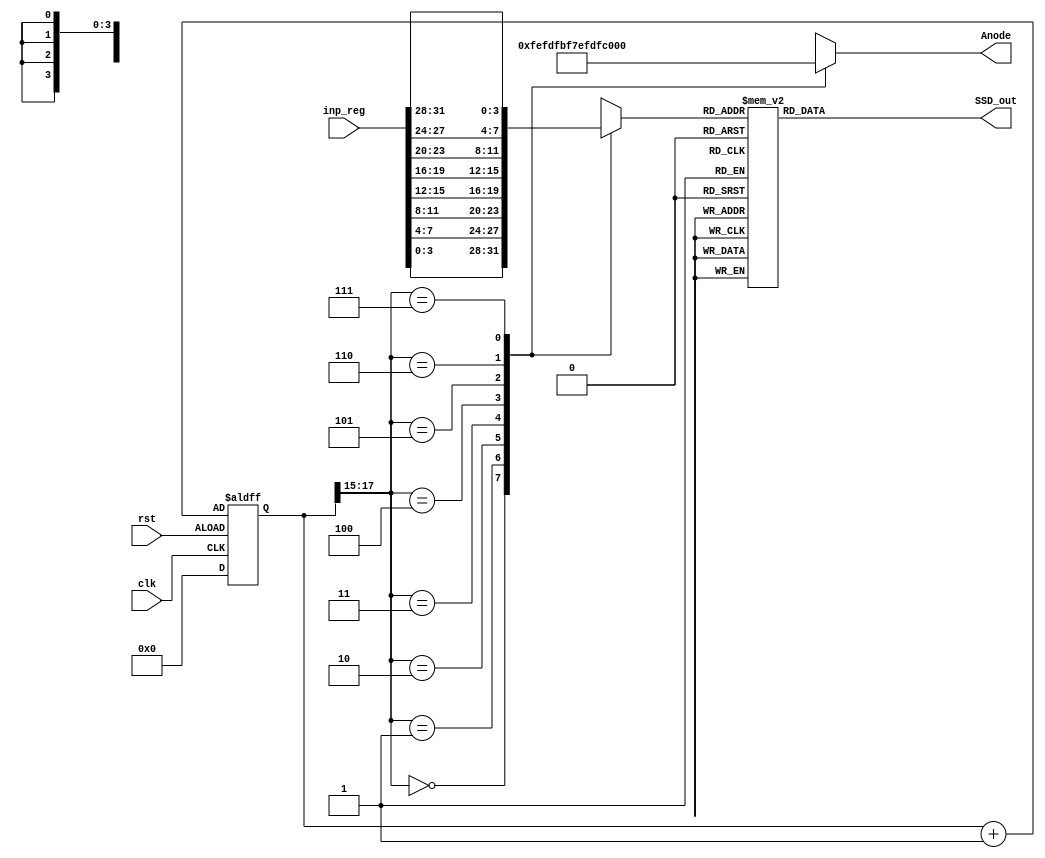
`timescale 1ns / 1ps
//////////////////////////////////////////////////////////////////////////////////
// Company: 
// Engineer: 
// 
// Design Name: 
// Module Name: Multplex_Reg_Disp
// Project Name: 
// Target Devices: 
// Tool Versions: 
// Description: 
// 
// Dependencies: 
// 
// Revision:
// Revision 0.01 - File Created
// Additional Comments:
// 
//////////////////////////////////////////////////////////////////////////////////


module Multplex_Reg_Disp(
    input               clk, rst,
    input       [31:0]  inp_reg,
    //input          MAC,
    output      [7:0]   Anode,
    output      [7:0]   SSD_out
    );
    
    reg [3:0] BCD;
    
    reg [7:0]anode; 
    reg [7:0]SSD;
       
    reg [17:0]count;
//    assign inp_reg = 8166;
    always @ (posedge clk or posedge rst)
    begin
         if (rst == 0)
           count <= 0;
         else
           count <= count + 1;
    end
    
    always@(*)
    begin
        case(count[17:15])
        3'b000 : 
        begin
            BCD = inp_reg[3:0];
            anode = 8'b11111110;
        end
        3'b001:
        begin
            BCD = inp_reg[7:4];
            anode = 8'b11111101;
        end
        3'b010:
        begin
            BCD = inp_reg[11:8]; 
//            BCD = 7; 
            anode = 8'b11111011;
        end    
        3'b011:
        begin
            BCD = inp_reg[15:12]; 
//            BCD = 7; 
            anode = 8'b11110111;
        end    
        3'b100:
        begin
//            BCD = 7; 
            BCD = inp_reg[19:16]; 
            anode = 8'b11101111;
        end
        3'b101:
        begin
            BCD = inp_reg[23:20];
//            BCD = 7;
            anode = 8'b11011111;
        end
        3'b110:
        begin
            BCD = inp_reg[27:24]; 
            //BCD = 7; 
            anode = 8'b10111111;
        end
        3'b111:
        begin
            BCD = inp_reg[31:28]; 
//            BCD = 7; 
            anode = 8'b01111111;
        end
        default:
        begin
            BCD = 6'ha; 
            anode = 8'b01111111;
        end            
        endcase
    
    end
            
    always @ (*)
    begin
          case(BCD)
           4'd0 : SSD = 8'b11000000; //0
           4'd1 : SSD = 8'b11111001; //1
           4'd2 : SSD = 8'b10100100; //2
           4'd3 : SSD = 8'b10110000; //3
           4'd4 : SSD = 8'b10011001; //4
           4'd5 : SSD = 8'b10010010; //5
           4'd6 : SSD = 8'b10000010; //6
           4'd7 : SSD = 8'b11111000; //7
           4'd8 : SSD = 8'b10000000; //8
           4'd9 : SSD = 8'b10010000; //9
           4'd10 : SSD = 8'b10001000; //A
           4'd11 : SSD = 8'b10000011; //B
           4'd12 : SSD = 8'b11000110; //C
           4'd13 : SSD = 8'b10100001; //D
           4'd14 : SSD = 8'b10000110; //E
           4'd15 : SSD = 8'b10001110; //F
           
           default : SSD = 8'b10111111; //dash
          endcase
     end
    
//    assign SSD_out = (MAC == 1'b0) ? SSD : 8'b00000000;
    assign SSD_out = SSD;
    assign Anode = anode;
    
endmodule